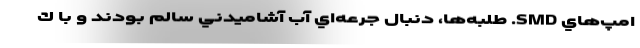
امپ‌هاي SMD. طلبه‌ها، دنبال جرعه‌اي آب آشاميدني سالم بودند و با ك